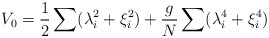
\begin{align*}V_{0} = {1\over 2}\sum (\lambda_{i}^{2} + \xi_{i}^{2} ) +{g\over N} \sum (\lambda_{i}^{4} + \xi_{i}^{4} )\end{align*}